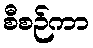
စီစဉ်ကာ